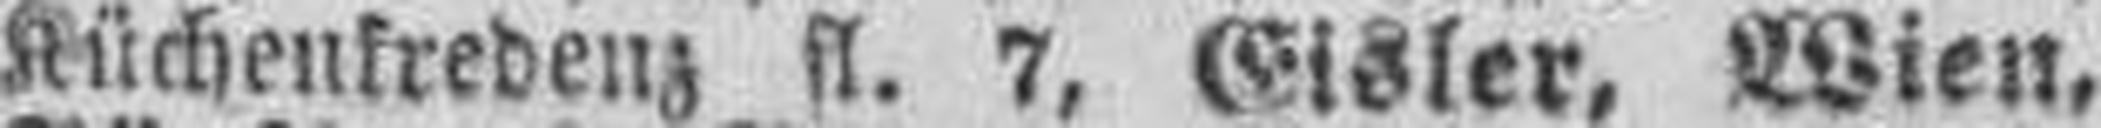
Küchenkredenz fl. 7, Gisler, Wien,